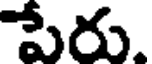
పేరు.